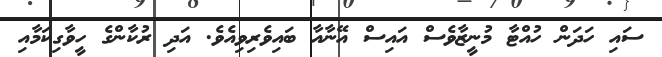
ސައި ހަދަން ހުއްޓާ މުނީޒާވެސް އައިސް އޭނާއާ ބައިވެރިވިއެވެ. އަދި ރުކާންގެ ހީވާގިކަމާއި